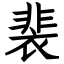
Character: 裴